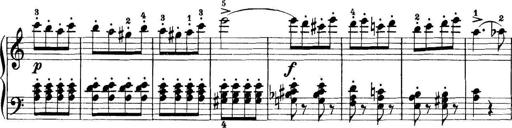
Title: 11 Sonatinas
Composer: Anton Diabelli